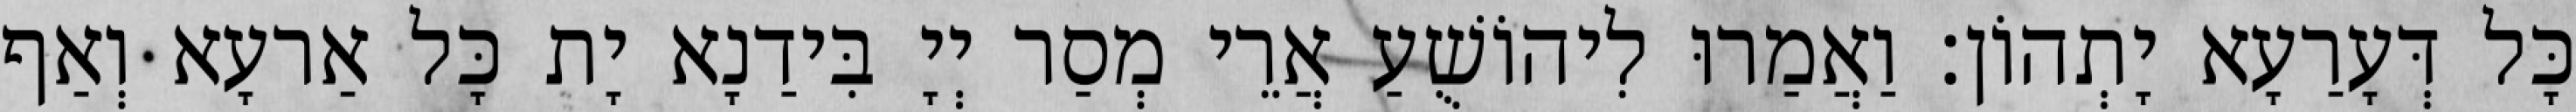
כָּל דְּעָרַעָא יָתְהוֹן׃ וַאֲמַרוּ לִיהוֹשֻׁעַ אֲרֵי מְסַר יְיָ בִּידַנָא יָת כָּל אַרעָא וְאַף